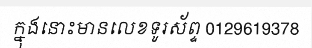
ក្នុងនោះមានលេខទូរស័ព្ទ 0129619378